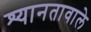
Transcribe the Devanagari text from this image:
श्यानतावाले